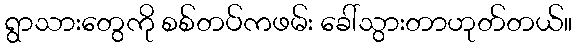
ရွာသားတွေကို စစ်တပ်ကဖမ်း ခေါ်သွားတာဟုတ်တယ်။